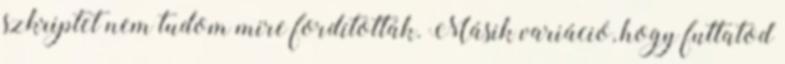
szkriptet nem tudom mire fordították. Másik variáció, hogy futtatod